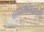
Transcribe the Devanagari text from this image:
ग्राह्ममेध्यादपि